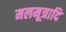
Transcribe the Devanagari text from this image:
मलमूत्रादि